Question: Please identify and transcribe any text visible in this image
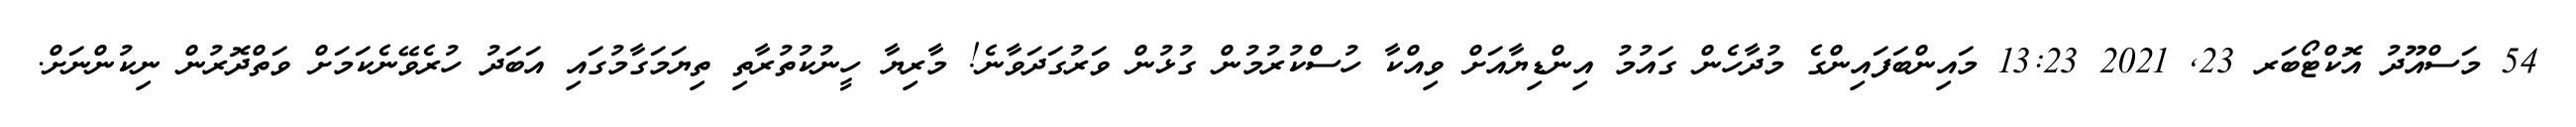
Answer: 54 މަސްއޫދު އޮކްޓޯބަރ 23, 2021 13:23 މައިންބަފައިންގެ މުދާހެން ގައުމު އިންޑިޔާއަށް ވިއްކާ ހުސްކުރުމުން ގުޅުން ވަރުގަދަވާނެ! މާރިޔާ ހީނުކުތުރާތި ތިޔަމަގާމުގައި އަބަދު ހުރެވޭނެކަމަށް ވަތްދޮރުން ނިކުންނަށް.